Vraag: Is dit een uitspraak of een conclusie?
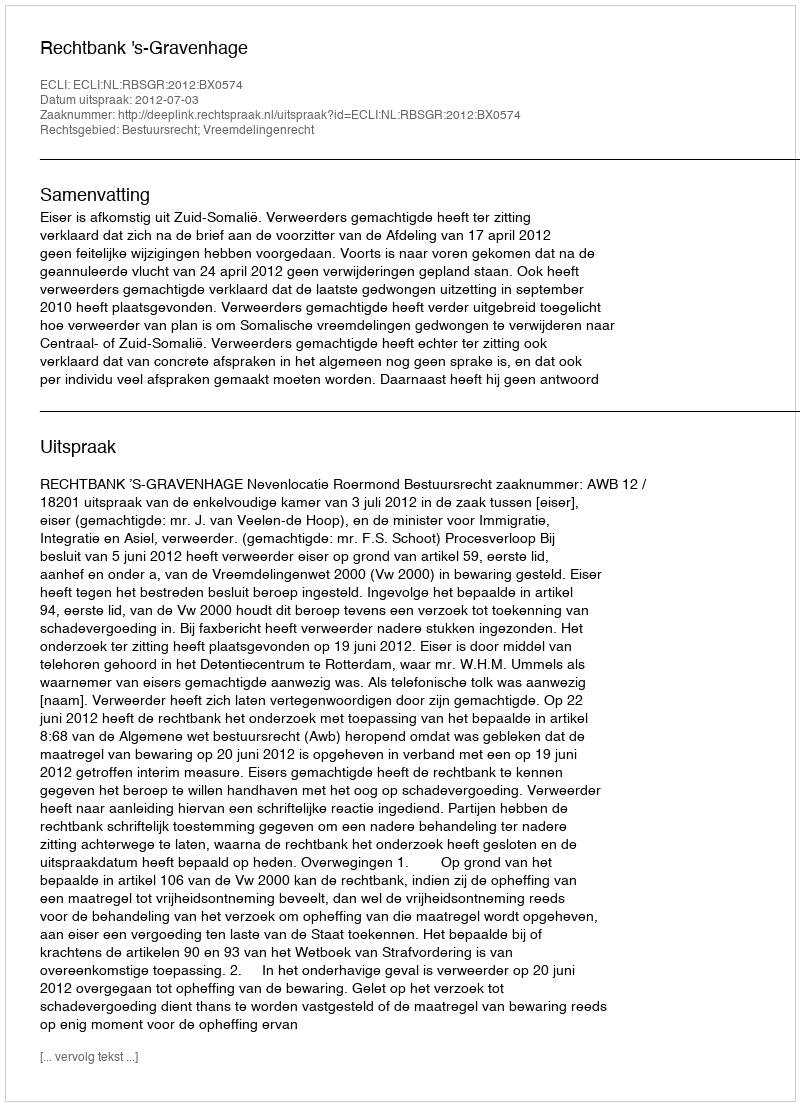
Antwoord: Uitspraak